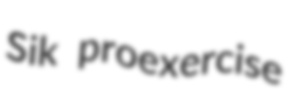
Sik proexercise